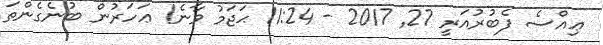
ޢިއްްސެ ފެބުރުއަރީ 27